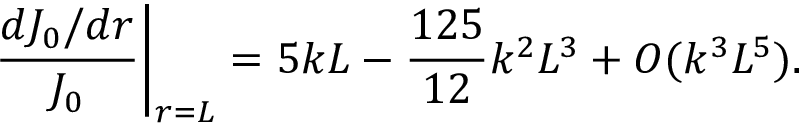
\left. \frac { d J _ { 0 } / d r } { J _ { 0 } } \right| _ { r = L } = 5 k L - \frac { 1 2 5 } { 1 2 } k ^ { 2 } L ^ { 3 } + O ( k ^ { 3 } L ^ { 5 } ) .